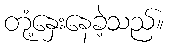
တုံ့နှေးနေခဲ့သည်။